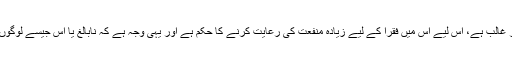
چونکہ اس میں صلۃ الرحم کا عنصر غالب ہے، اس لیے اس میں فقرا کے لیے زیادہ منفعت کی رعایت کرنے کا حکم ہے اور یہی وجہ ہے کہ نابالغ یا اس جیسے لوگوں کے اموال میں بھی واجب ہوتی ہے۔